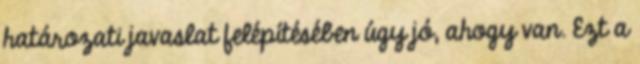
határozati javaslat felépítésében úgy jó, ahogy van. Ezt a